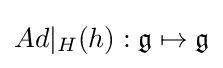
Ad\vert _{H}(h):{\mathfrak {g}}\mapsto {\mathfrak {g}}